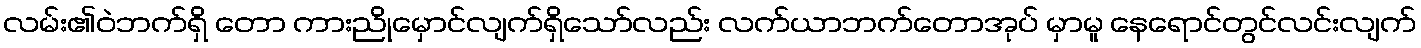
လမ်း၏ဝဲဘက်ရှိ တော ကားညိုမှောင်လျက်ရှိသော်လည်း လက်ယာဘက်တောအုပ် မှာမူ နေရောင်တွင်လင်းလျက်